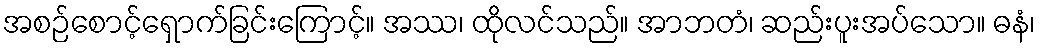
အစဉ်စောင့်ရှောက်ခြင်းကြောင့်။ အဿ၊ ထိုလင်သည်။ အာဘတံ၊ ဆည်းပူးအပ်သော။ ဓနံ၊